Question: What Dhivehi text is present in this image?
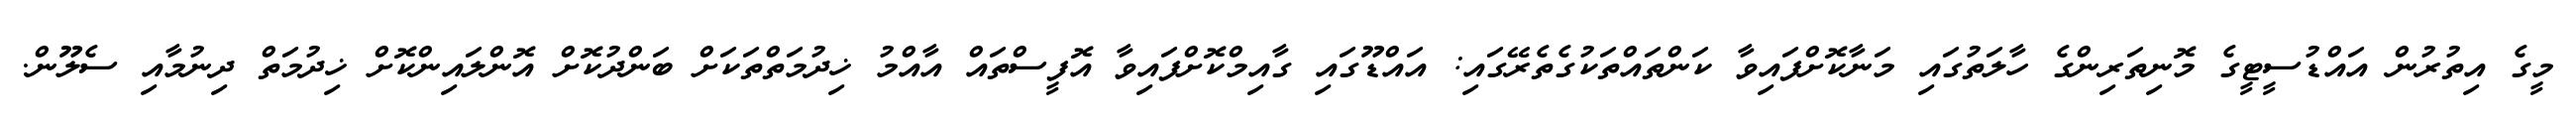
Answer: މީގެ އިތުރުން އައްޑުސީޓީގެ މޮނިތަރިންގެ ހާލަތުގައި މަނާކޮށްފައިވާ ކަންތައްތަކުގެތެރޭގައި: އައްޑޫގައި ގާއިމްކޮށްފައިވާ އޮފީސްތައް އާއްމު ޚިދުމަތްތަކަށް ބަންދުކޮށް އޮންލައިންކޮށް ޚިދުމަތް ދިނުމާއި ސެލޫން.